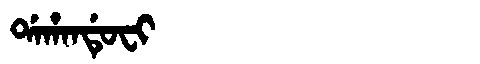
Manchu: ᡩᠠᡥᠠᠨᡩᡠᠸᡳ
Romanization: DAHANDUFI